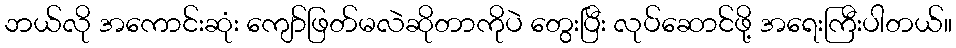
ဘယ်လို အကောင်းဆုံး ကျော်ဖြတ်မလဲဆိုတာကိုပဲ တွေးပြီး လုပ်ဆောင်ဖို့ အရေးကြီးပါတယ်။